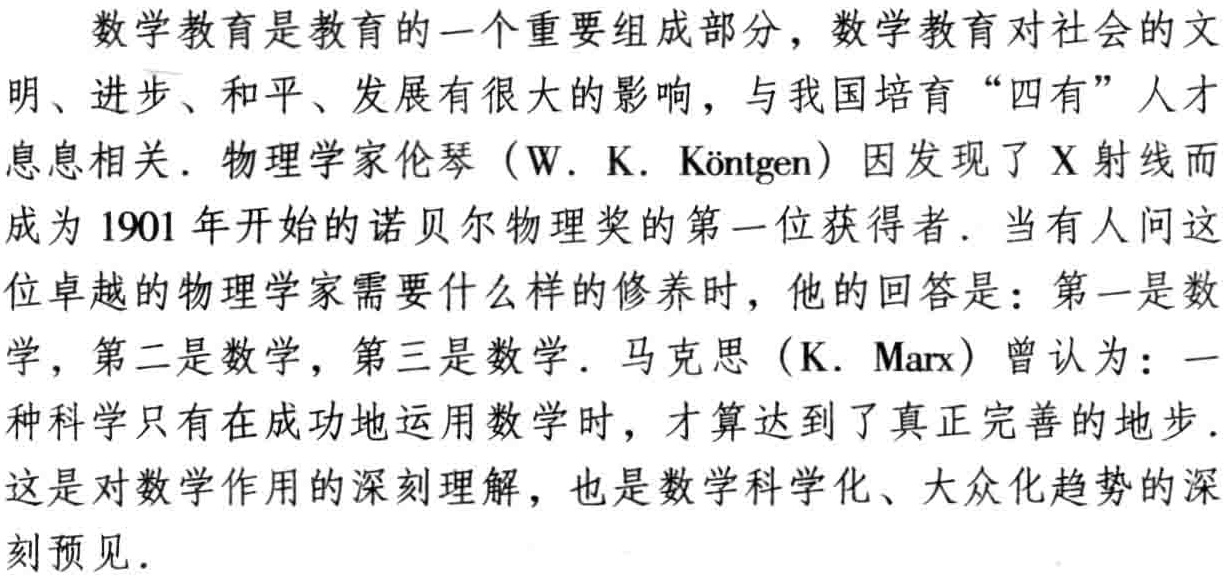
数学教育是教育的一个重要组成部分，数学教育对社会的文明、进步、和平、发展有很大的影响，与我国培育“四有”人才息息相关. 物理学家伦琴（W. K. Köntgen）因发现了X射线而成为1901年开始的诺贝尔物理奖的第一位获得者. 当有人问这位卓越的物理学家需要什么样的修养时，他的回答是：第一是数学，第二是数学，第三是数学. 马克思（K. Marx）曾认为：一种科学只有在成功地运用数学时，才算达到了真正完善的地步. 这是对数学作用的深刻理解，也是数学科学化、大众化趋势的深刻预见.